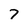
Character: 7